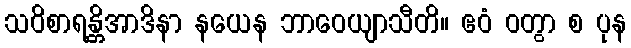
သဝိစာရန္တိအာဒိနာ နယေန ဘာဝေယျာသီတိ။ ဧဝံ ဝတွာ စ ပုန